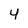
Character: 4